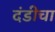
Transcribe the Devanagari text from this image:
दंडीचा